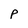
Character: p